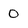
Character: 0